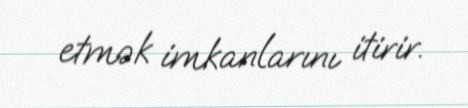
etmək imkanlarını itirir.